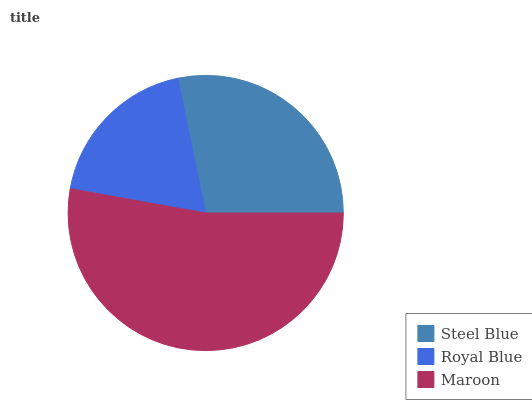
| Steel Blue | Royal Blue | Maroon |
 | --- | --- | --- |
 | 28.2% | 18.9% | 52.9% |